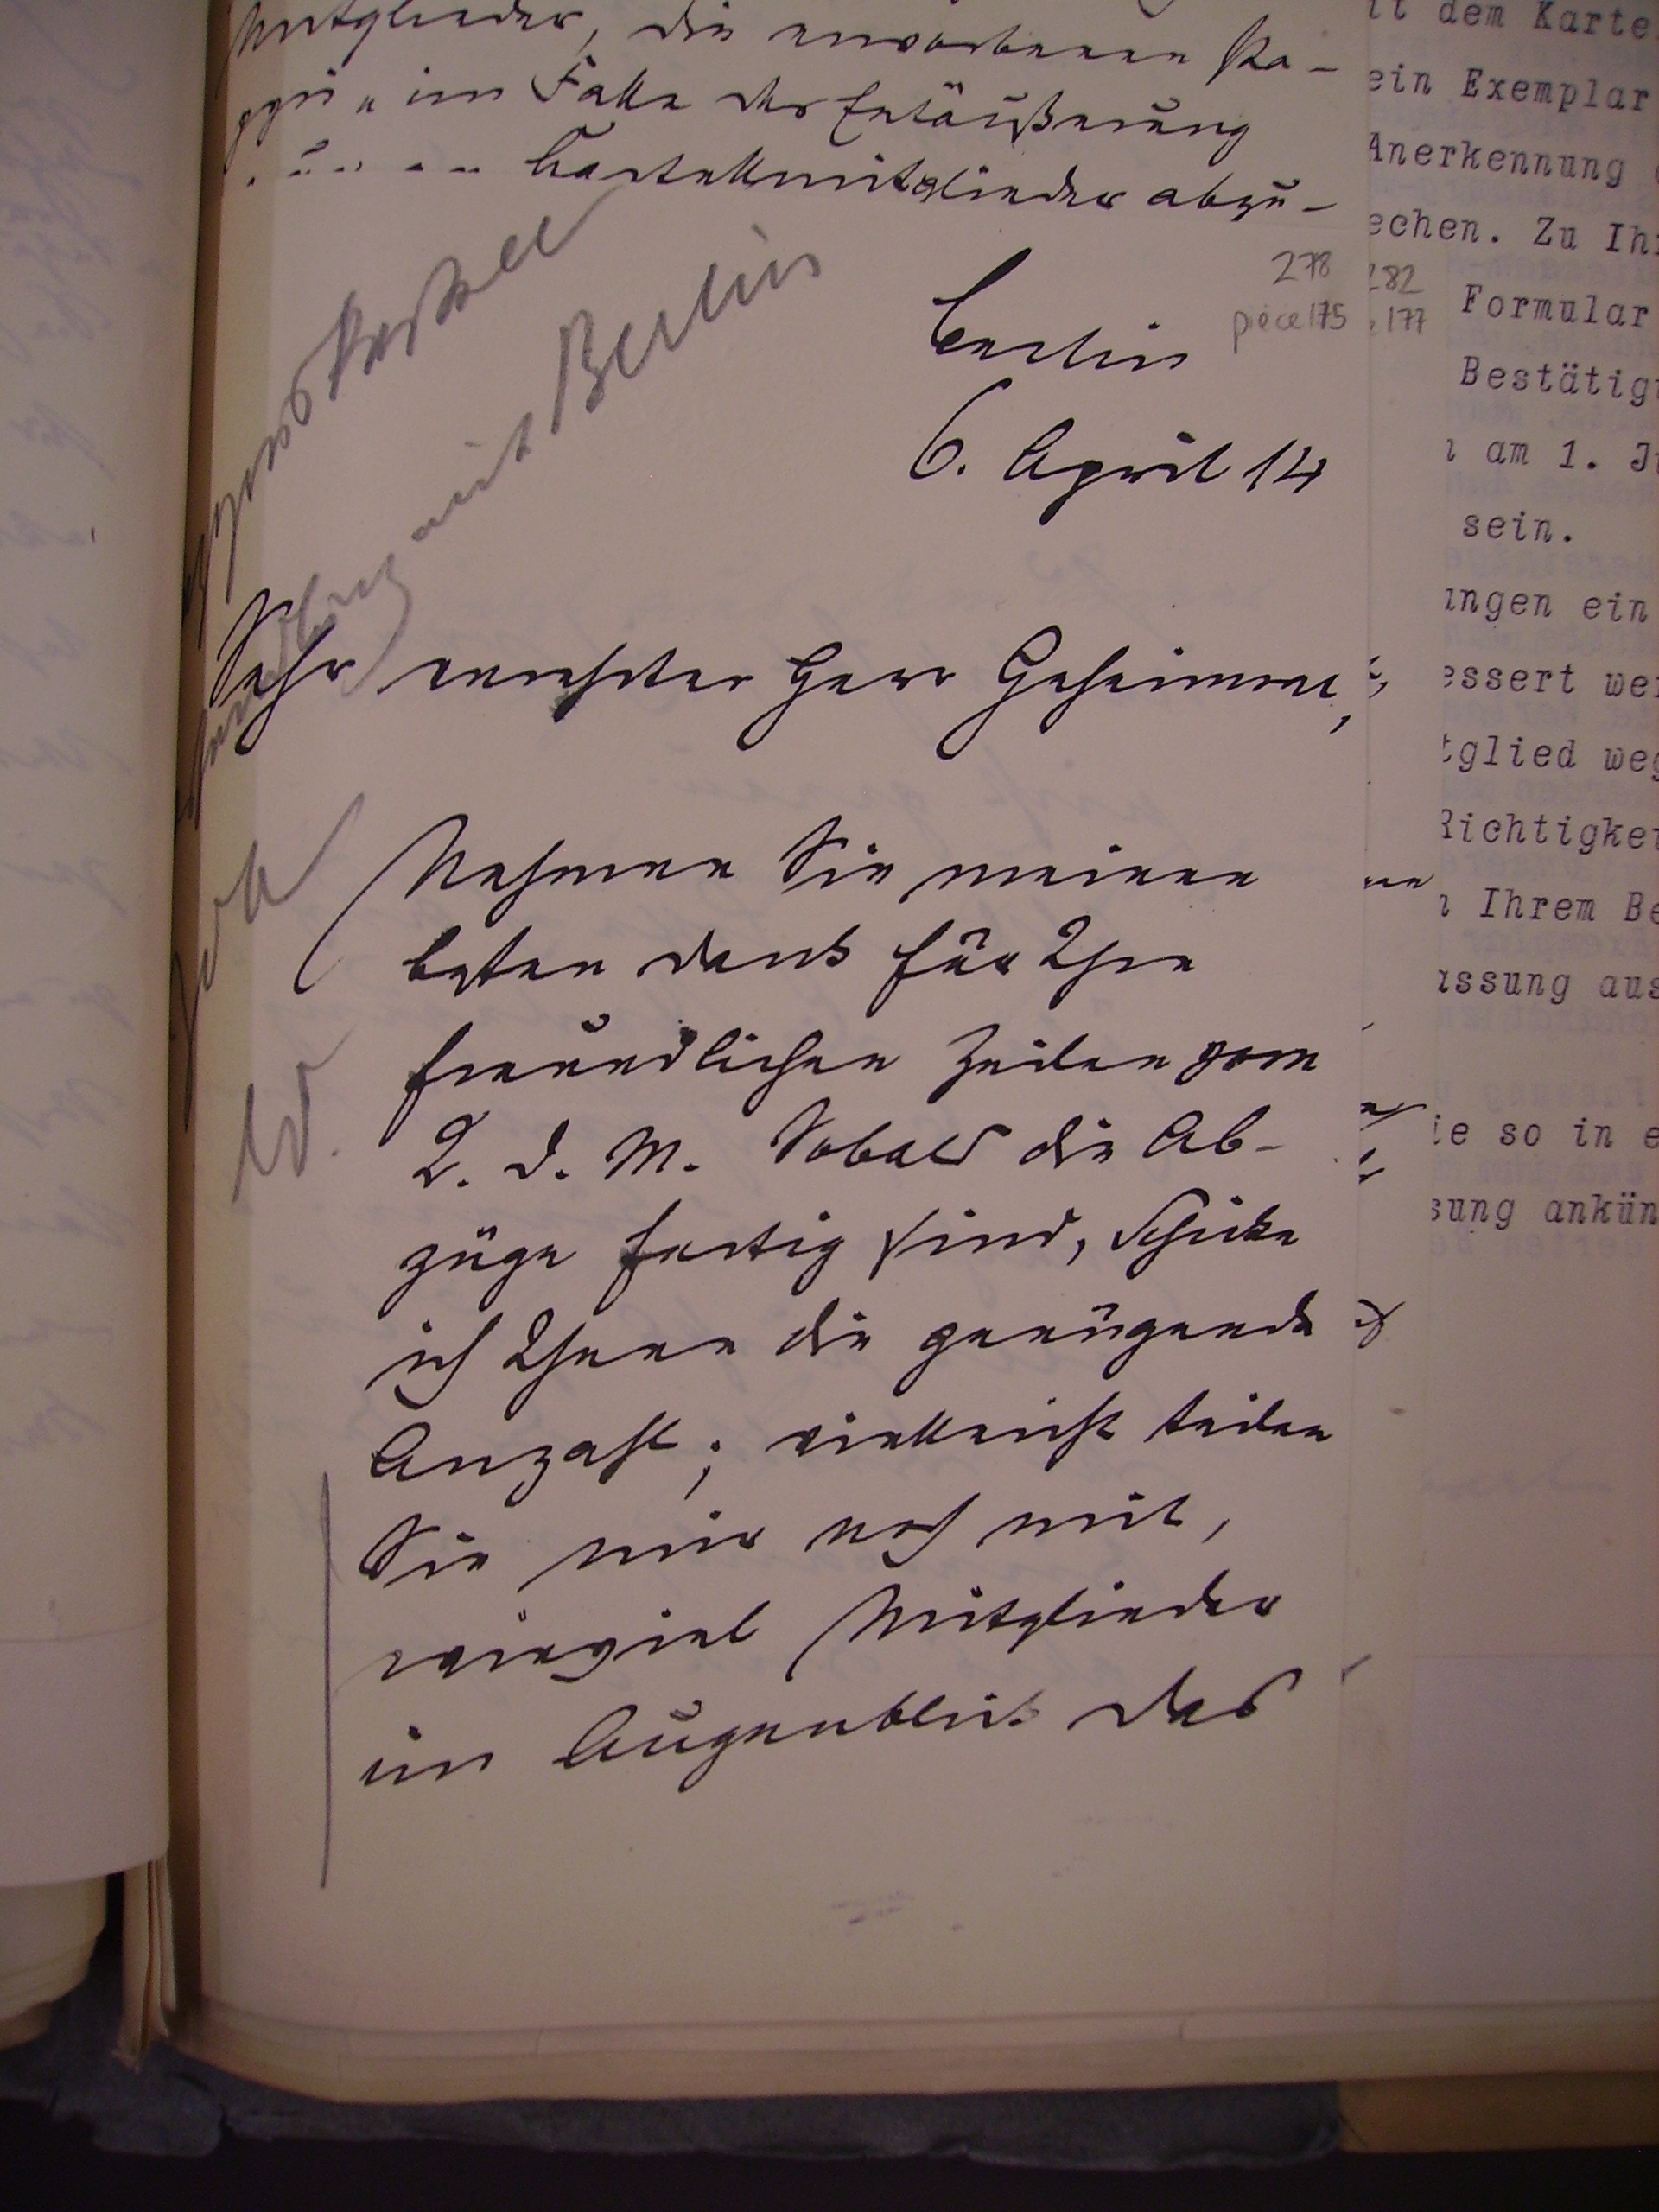
Berlin
6. April 14

Sehr verehrter Herr Geheimrat,
Nehmen sie meinen
besten dank für Ihre
freundlichen Zeilen vom
2.d.m. Sobald die Ab¬
züge fertig sind, schicke
ich Ihnen die genügende
Anzahl; vielleicht teilen
sie mir noch mit,
wieviel Mitglieder
im augenblick das